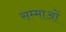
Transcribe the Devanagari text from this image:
सम्माओं